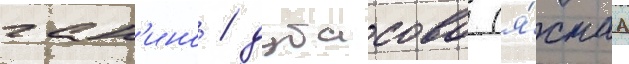
ган'ино / дубасово (я́снаа